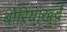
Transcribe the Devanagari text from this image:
बोरियाखुर्द